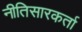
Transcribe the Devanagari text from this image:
नीतिसारकर्ता